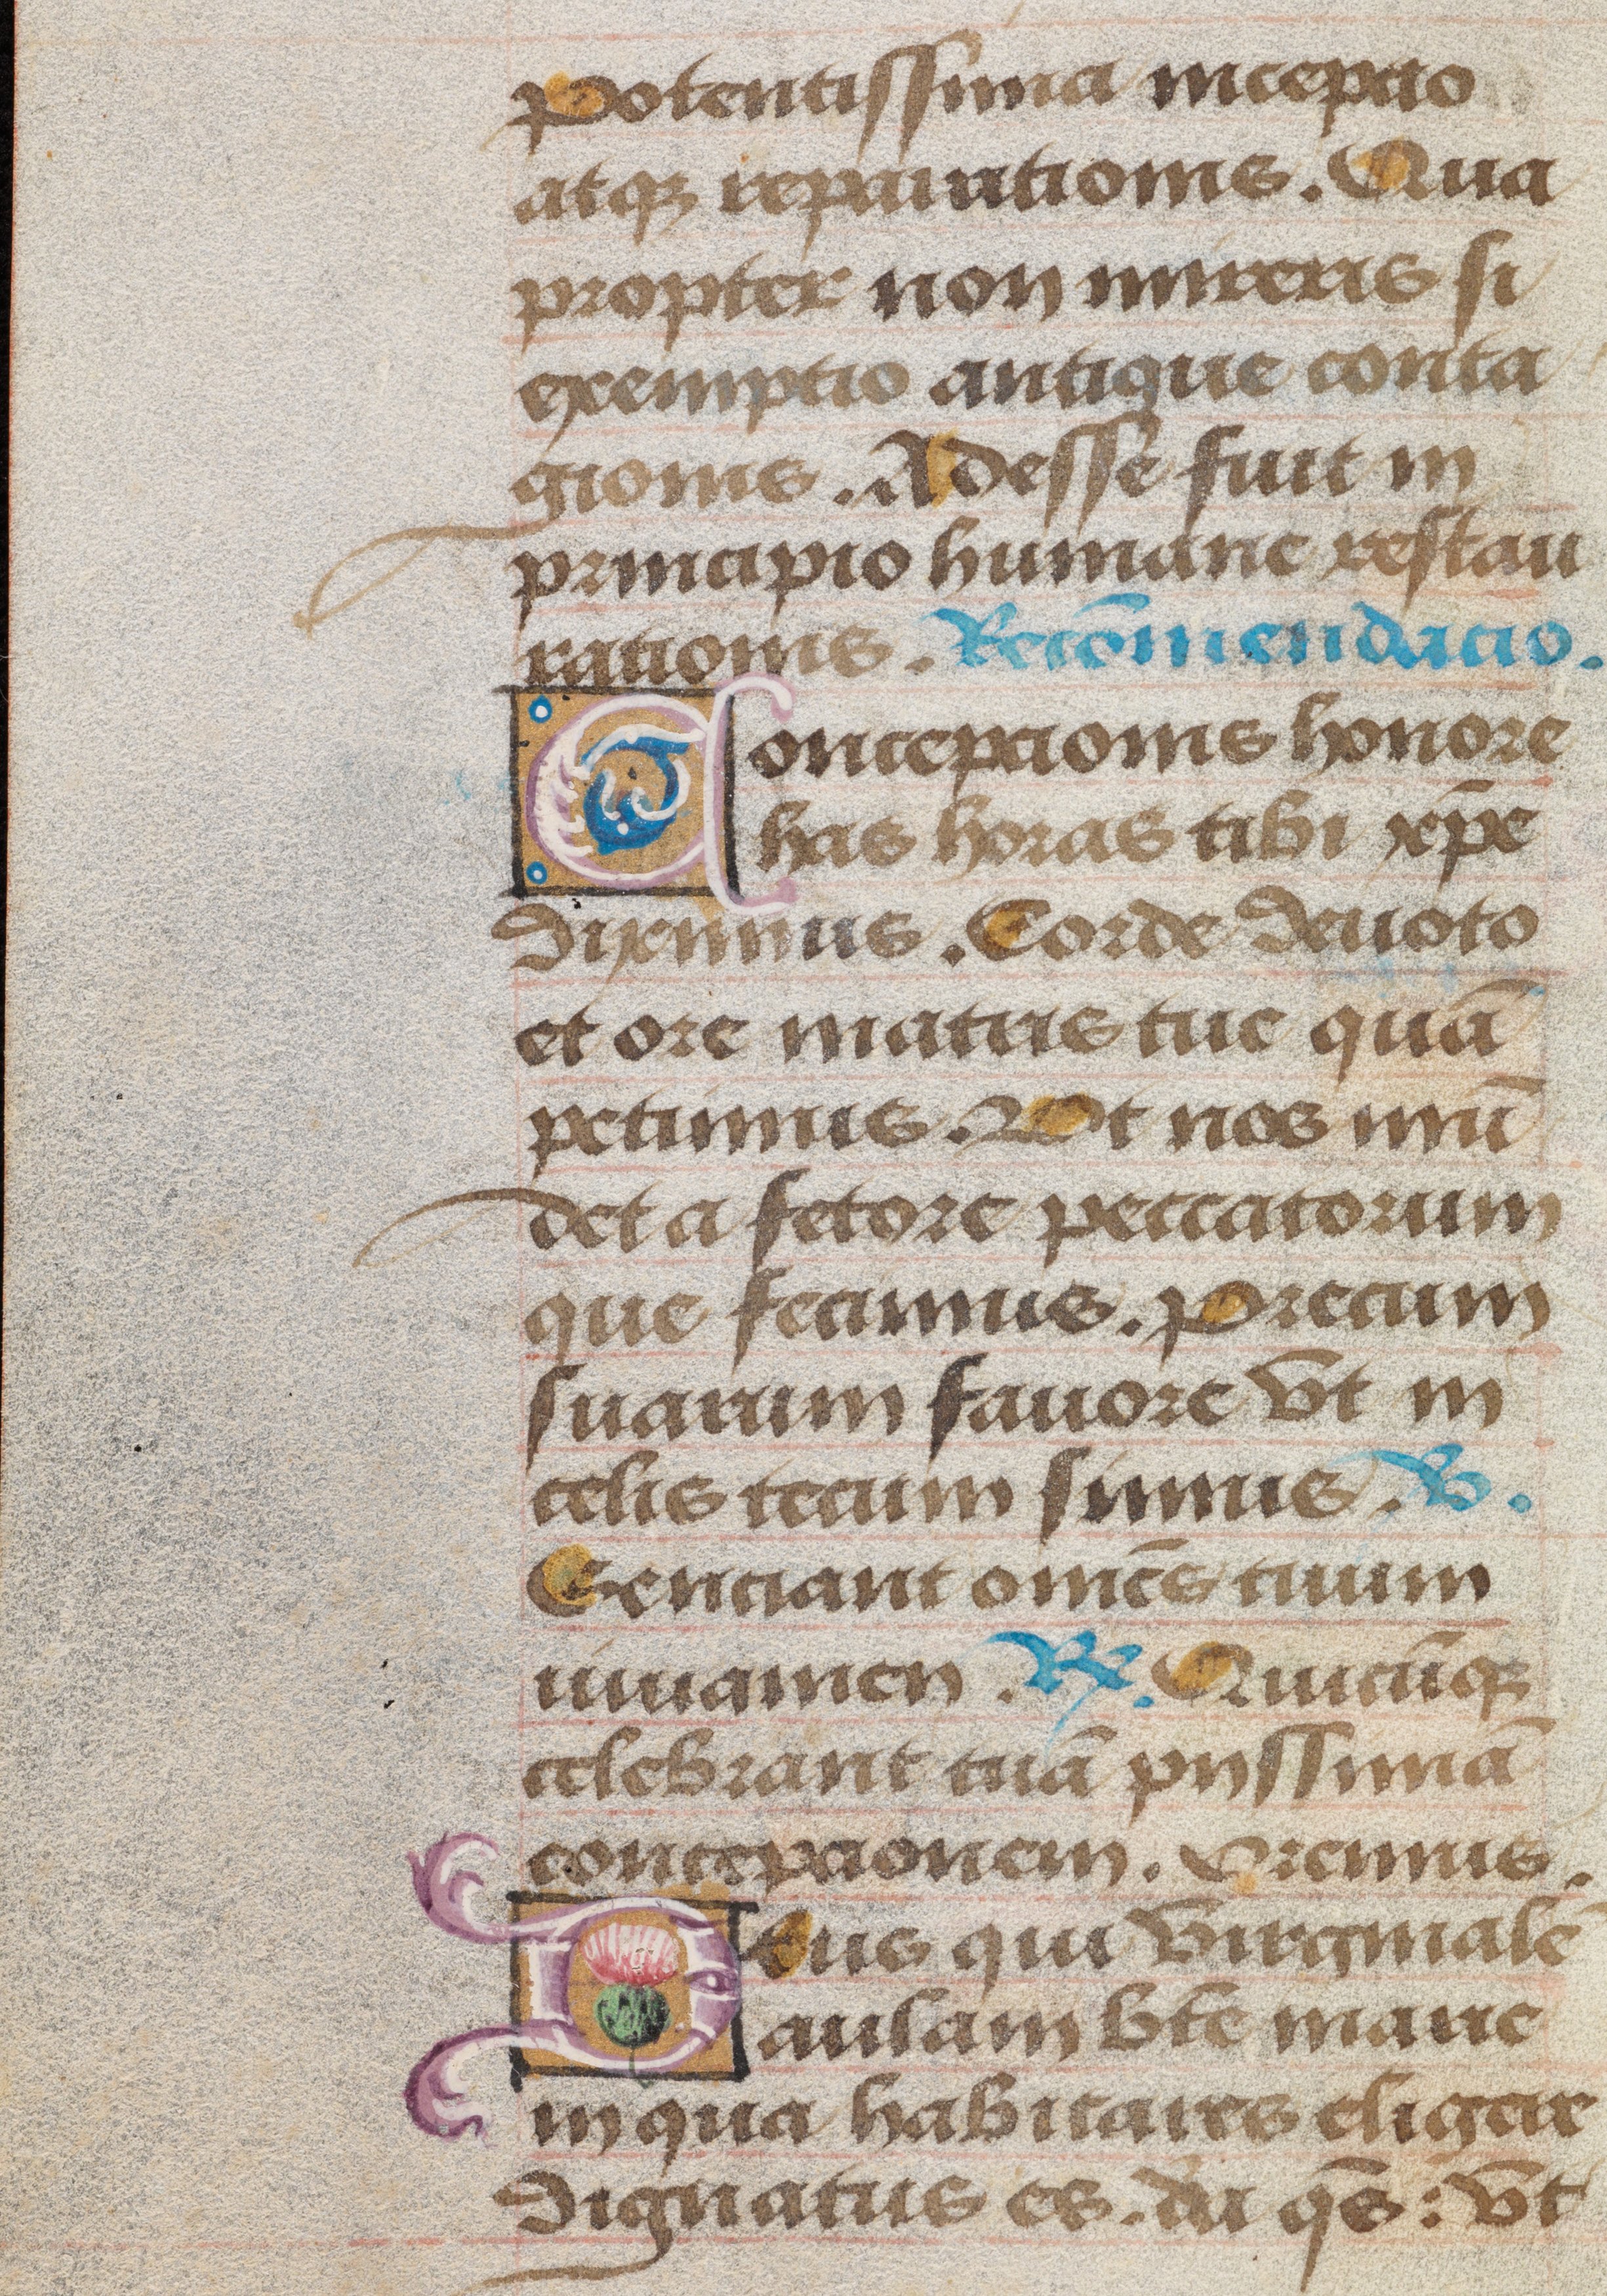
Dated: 1485–1515